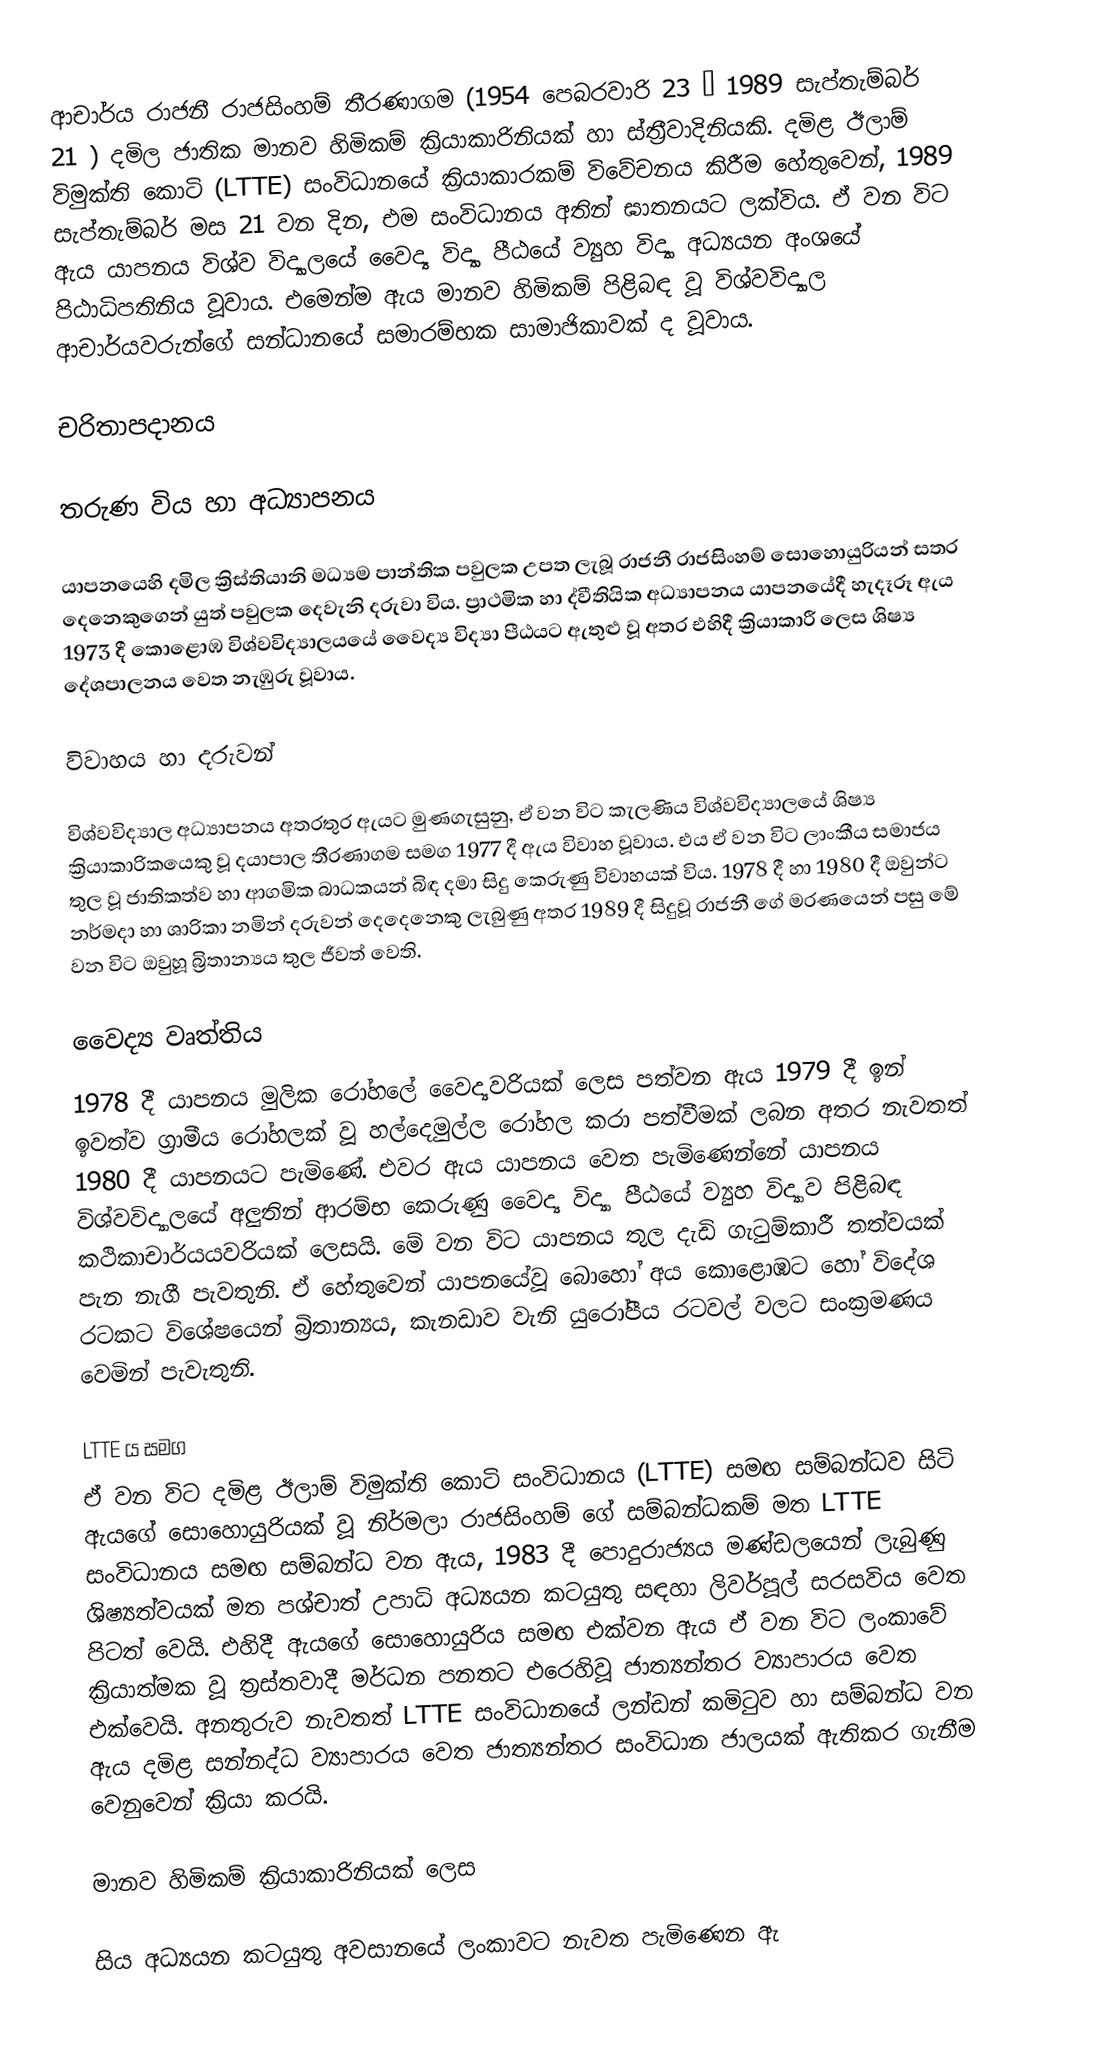
ආචාර්ය රාජනී රාජසිංහම් තීරණාගම (1954 පෙබරවාරි 23 – 1989 සැප්තැම්බර් 21 ) දමිල ජාතික මානව හිමිකම් ක්‍රියාකාරිනියක් හා ස්ත්‍රීවාදිනියකි. දමිළ ඊලාම් විමුක්ති කොටි (LTTE) සංවිධානයේ ක්‍රියාකාරකම් විවේචනය කිරීම හේතුවෙන්, 1989 සැප්තැම්බර් මස 21 වන දින, එම සංවිධානය අතින් ඝාතනයට ලක්විය. ඒ වන විට ඇය යාපනය විශ්ව විද්‍යාලයේ වෛද්‍ය විද්‍යා පීඨයේ ව්‍යුහ විද්‍යා අධ්‍යයන අංශයේ පිඨාධිපතිනිය වූවාය. එමෙන්ම ඇය මානව හිමිකම් පිළිබඳ වූ විශ්වවිද්‍යාල ආචාර්යවරුන්ගේ සන්ධානයේ සමාරම්භක සාමාජිකාවක් ද වූවාය.

චරිතාපදානය

තරුණ විය හා අධ්‍යාපනය

	යාපනයෙහි දමිල ක්‍රිස්තියානි මධ්‍යම පාන්තික පවුලක උපත ලැබූ රාජනී රාජසිංහම් සොහොයුරියන් සතර දෙනෙකුගෙන් යුත් පවුලක දෙවැනි දරුවා විය. ප්‍රාථමික හා ද්වීතියික අධ්‍යාපනය යාපනයේදී හැදෑරූ ඇය 1973 දී කොළොඹ විශ්වවිද්‍යාලයයේ වෛද්‍ය විද්‍යා පීඨයට ඇතුළු වූ අතර එහිදී ක්‍රියාකාරී ලෙස ශිෂ්‍ය දේශපාලනය වෙත නැඹුරු වූවාය.

විවාහය හා දරුවන්

	විශ්වවිද්‍යාල අධ්‍යාපනය අතරතුර ඇයට මුණගැසුනු, ඒ වන විට කැලණිය විශ්වවිද්‍යාලයේ ශිෂ්‍ය ක්‍රියාකාරිකයෙකු වූ දයාපාල තීරණාගම සමග 1977 දී ඇය විවාහ වූවාය. එය ඒ වන විට ලාංකීය සමාජය තුල වූ ජාතිකත්ව හා ආගමික බාධකයන් බිඳ දමා සිදු කෙරුණු විවාහයක් විය. 1978 දී හා 1980 දී ඔවුන්ට නර්මදා හා ශාරිකා නමින් දරුවන් දෙදෙනෙකු ලැබුණු අතර 1989 දී සිදුවූ රාජනී ගේ මරණයෙන් පසු මේ වන විට ඔවුහූ බ්‍රිතාන්‍යය තුල ජීවත් වෙති.

වෛද්‍ය වෘත්තිය
	1978 දී යාපනය මුලික රෝහලේ වෛද්‍යවරියක් ලෙස පත්වන ඇය 1979 දී ඉන් ඉවත්ව ග්‍රාමීය රෝහලක් වූ හල්දෙමුල්ල රෝහල කරා පත්වීමක් ලබන අතර නැවතත් 1980 දී යාපනයට පැමිණේ. එවර ඇය යාපනය වෙත පැමිණෙන්නේ යාපනය විශ්වවිද්‍යාලයේ අලුතින් ආරම්භ කෙරුණු වෛද්‍ය විද්‍යා පීඨයේ ව්‍යුහ විද්‍යාව පිළිබඳ කථිකාචාර්යයවරියක් ලෙසයි. මේ වන විට යාපනය තුල දැඩි ගැටුම්කාරී තත්වයක් පැන නැගී පැවතුනි. ඒ හේතුවෙන් යාපනයේවූ  බොහෝ අය කොළොඹට හෝ විදේශ රටකට විශේෂයෙන් බ්‍රිතාන්‍යය, කැනඩාව වැනි යුරෝපීය රටවල් වලට සංක්‍රමණය වෙමින් පැවැතුනි.

LTTE ය සමග
	ඒ වන විට දමිළ ඊලාම් විමුක්ති කොටි සංවිධානය (LTTE) සමඟ සම්බන්ධව සිටි ඇයගේ සොහොයුරියක් වූ නිර්මලා රාජසිංහම් ගේ සම්බන්ධකම් මත LTTE සංවිධානය සමඟ සම්බන්ධ වන ඇය, 1983 දී පොදුරාජ්‍යය මණ්ඩලයෙන් ලැබුණු ශිෂ්‍යත්වයක් මත පශ්චාත් උපාධි අධ්‍යයන කටයුතු සඳහා ලිවර්පූල් සරසවිය වෙත පිටත් වෙයි. එහිදී ඇයගේ සොහොයුරිය සමඟ එක්වන ඇය ඒ වන විට ලංකාවේ ක්‍රියාත්මක වූ ත්‍රස්තවාදී මර්ධන පනතට එරෙහිවූ ජාත්‍යන්තර ව්‍යාපාරය වෙත එක්වෙයි. අනතුරුව නැවතත් LTTE සංවිධානයේ ලන්ඩන් කමිටුව හා සම්බන්ධ වන ඇය දමිළ සන්නද්ධ ව්‍යාපාරය වෙත ජාත්‍යන්තර සංවිධාන ජාලයක් ඇතිකර ගැනීම වෙනුවෙන් ක්‍රියා කරයි.

මානව හිමිකම් ක්‍රියාකාරිනියක් ලෙස

	සිය අධ්‍යයන කටයුතු අවසානයේ ලංකාවට නැවත පැමිණෙන ඇ